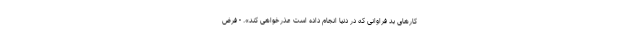
کارهای بدِ فراوانی که در دنیا انجام داده است عذر‌خواهی کند». - فرض